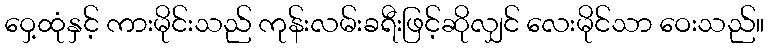
ဝှေ့ထုံနှင့် ကားမိုင်းသည် ကုန်းလမ်းခရီးဖြင့်ဆိုလျှင် လေးမိုင်သာ ဝေးသည်။